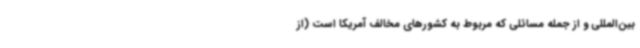
بین‌المللی و از جمله مسائلی که مربوط به کشورهای مخالف آمریکا است (از